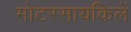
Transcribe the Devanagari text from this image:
मोटरसायकिलें